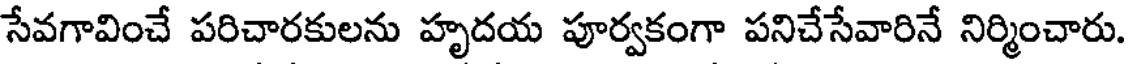
సేవగావించే పరిచారకులను హృదయ పూర్వకంగా పనిచేసేవారినే నిర్మించారు.